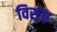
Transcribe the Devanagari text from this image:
विसंच